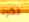
تكره